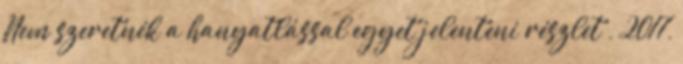
Nem szeretnék a hanyatlással egyet jelenteni részlet , 2017,